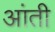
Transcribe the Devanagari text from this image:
आंती